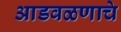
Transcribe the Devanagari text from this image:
आडवळणाचे